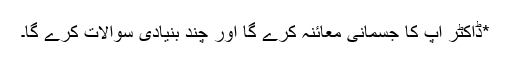
*ڈاکٹر آپ کا جسمانی معائنہ کرے گا اور چند بنیادی سوالات کرے گا۔